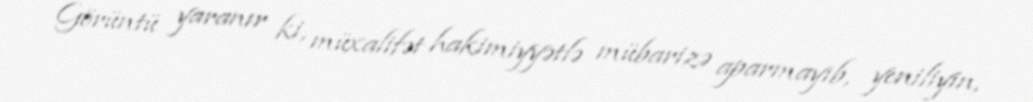
Görüntü yaranır ki, müxalifət hakimiyyətlə mübarizə aparmayıb, yeniliyin,